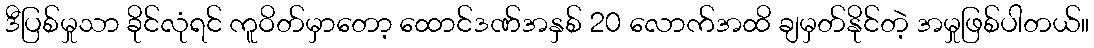
ဒီပြစ်မှုသာ ခိုင်လုံရင် ကူဝိတ်မှာတော့ ထောင်ဒဏ်အနှစ် 20 လောက်အထိ ချမှတ်နိုင်တဲ့ အမှုဖြစ်ပါတယ်။